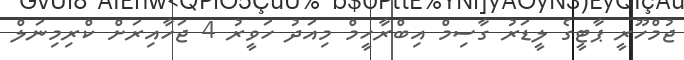
ޖުމްހޫރީ ޕާޓީގެ ލީޑަރު ގާސިމް އިބްރާހީމް މިއަދު ހަވީރު 4 ޖަހާއިރަށް ކްރިމިނަލް